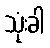
သုံးခါ